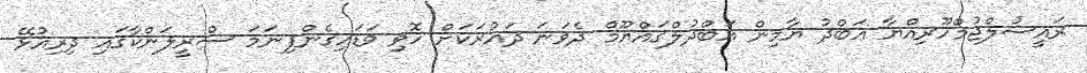
ރައީސުލްޖުމްހޫރިއްޔާ ޢަބްދު ޔާމިން ޢަބްދުލްޤައްޔޫމް ދެވަނަ ދައުރަކަށް ހޮވި ވަޑައިގެންފިނަމަ ސްރީލަންކާގައި ދިރިއުޅޭ